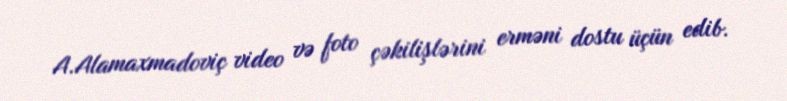
A.Alamaxmadoviç video və foto çəkilişlərini erməni dostu üçün edib.